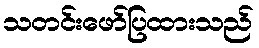
သတင်းဖော်ပြထားသည်